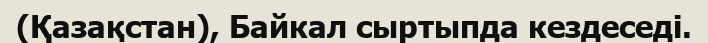
(Қазақстан), Байкал сыртыпда кездеседі.